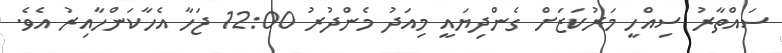
ސައްތާރު ސިއްހީ މަރުކަޒަށް ގެންދިޔައީ މިއަދު މެންދުރު 12:00 ޖަހާ އެހާކަންހާއިރު އެވެ.